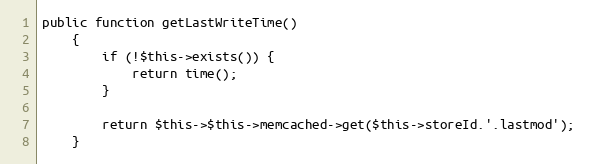
Language: PHP
public function getLastWriteTime()
    {
        if (!$this->exists()) {
            return time();
        }

        return $this->$this->memcached->get($this->storeId.'.lastmod');
    }